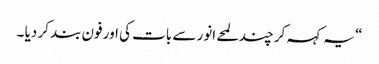
“ یہ کہہ کر چند لمحے انور سے بات کی اور فون بند کر دیا ۔